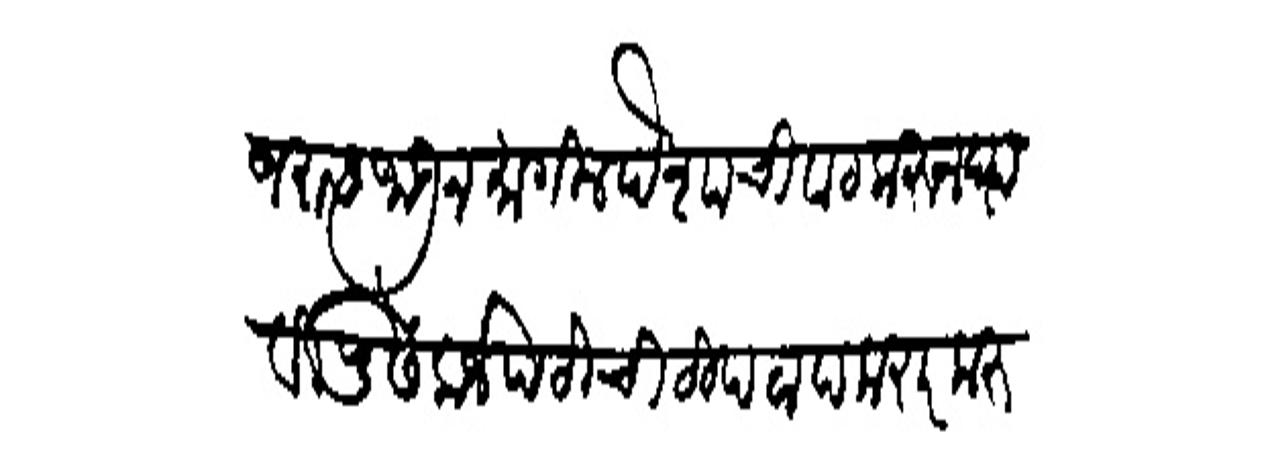
Transliteration (Devanagari): कांजरास जाऊन मागील पैशाची वाट करुन प्यावी पुढे कर्जपटीची टीपटाप करार करून